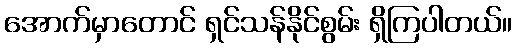
အောက်မှာတောင် ရှင်သန်နိုင်စွမ်း ရှိကြပါတယ်။